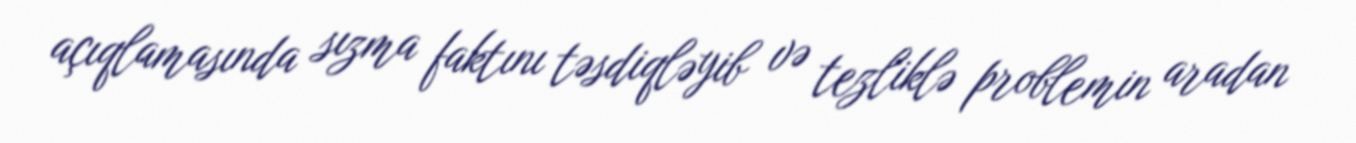
açıqlamasında sızma faktını təsdiqləyib və tezliklə problemin aradan